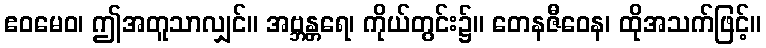
ဧဝမေဝ၊ ဤအတူသာလျှင်။ အဗ္ဘန္တရေ၊ ကိုယ်တွင်း၌။ တေနဇီဝေန၊ ထိုအသက်ဖြင့်။